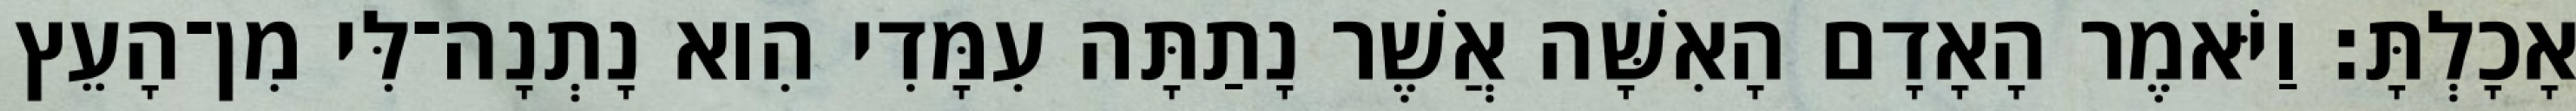
אָכָלְתָּ׃ וַיֹּאמֶר הָאָדָם הָאִשָּׁה אֲשֶׁר נָתַתָּה עִמָּדִי הִוא נָתְנָה־לִּי מִן־הָעֵץ